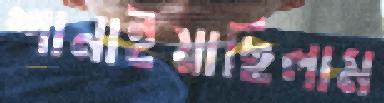
শানাইয়াছিলাম